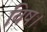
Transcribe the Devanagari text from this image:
विष।